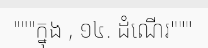
"""ក្នុង , ១៤. ដំណើរ"""